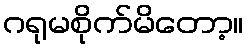
ဂရုမစိုက်မိတော့။